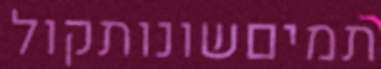
תמיםשונותקול